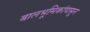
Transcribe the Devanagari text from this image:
बालभूमिकांपासून